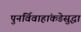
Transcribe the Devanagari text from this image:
पुनर्विवाहांकडेसुद्धा